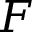
F